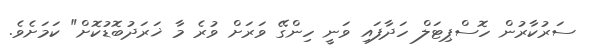
ސަރުކާރުން ހޮސްޕިޓަލް ހަދާފައި ވަނީ ހިންގޭ ވަރަށް ވުރެ މާ ޚަރަދުބޮޑުކޮށް" ކަމަށެވެ.